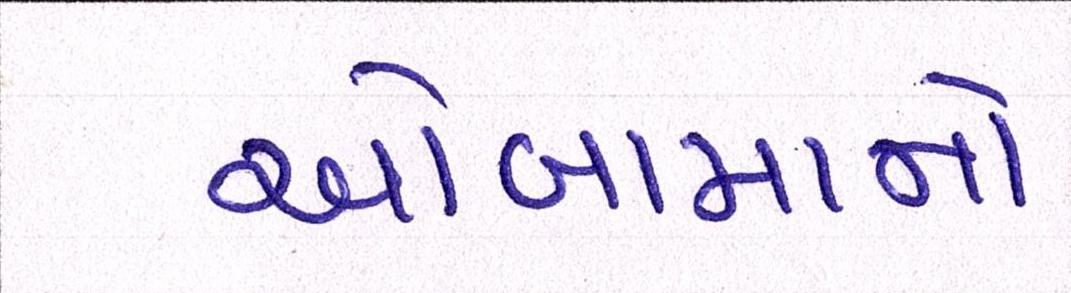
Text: ઓબામાનો